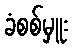
ခံစစ်မှူး